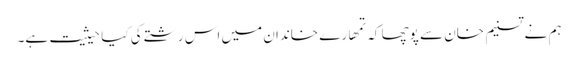
ہم نے تسنیم خان سے پوچھا کہ تمھارے خاندان میں اس رشتے کی کیا حیثیت ہے۔